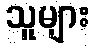
သူများ